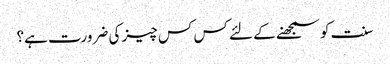
سنت کو سمجھنے کے لئے کس کس چیز کی ضرورت ہے؟